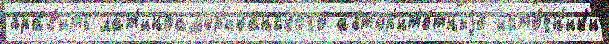
пра́в'ить лат'иноам'ер'ика́нского автор'ит'е́тныjе исто́чн'ик'и